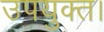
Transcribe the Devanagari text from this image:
उपयुक्त।